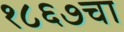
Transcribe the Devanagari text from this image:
१८६७चा